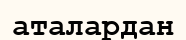
аталардан